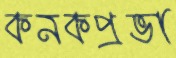
কনকপ্রভা